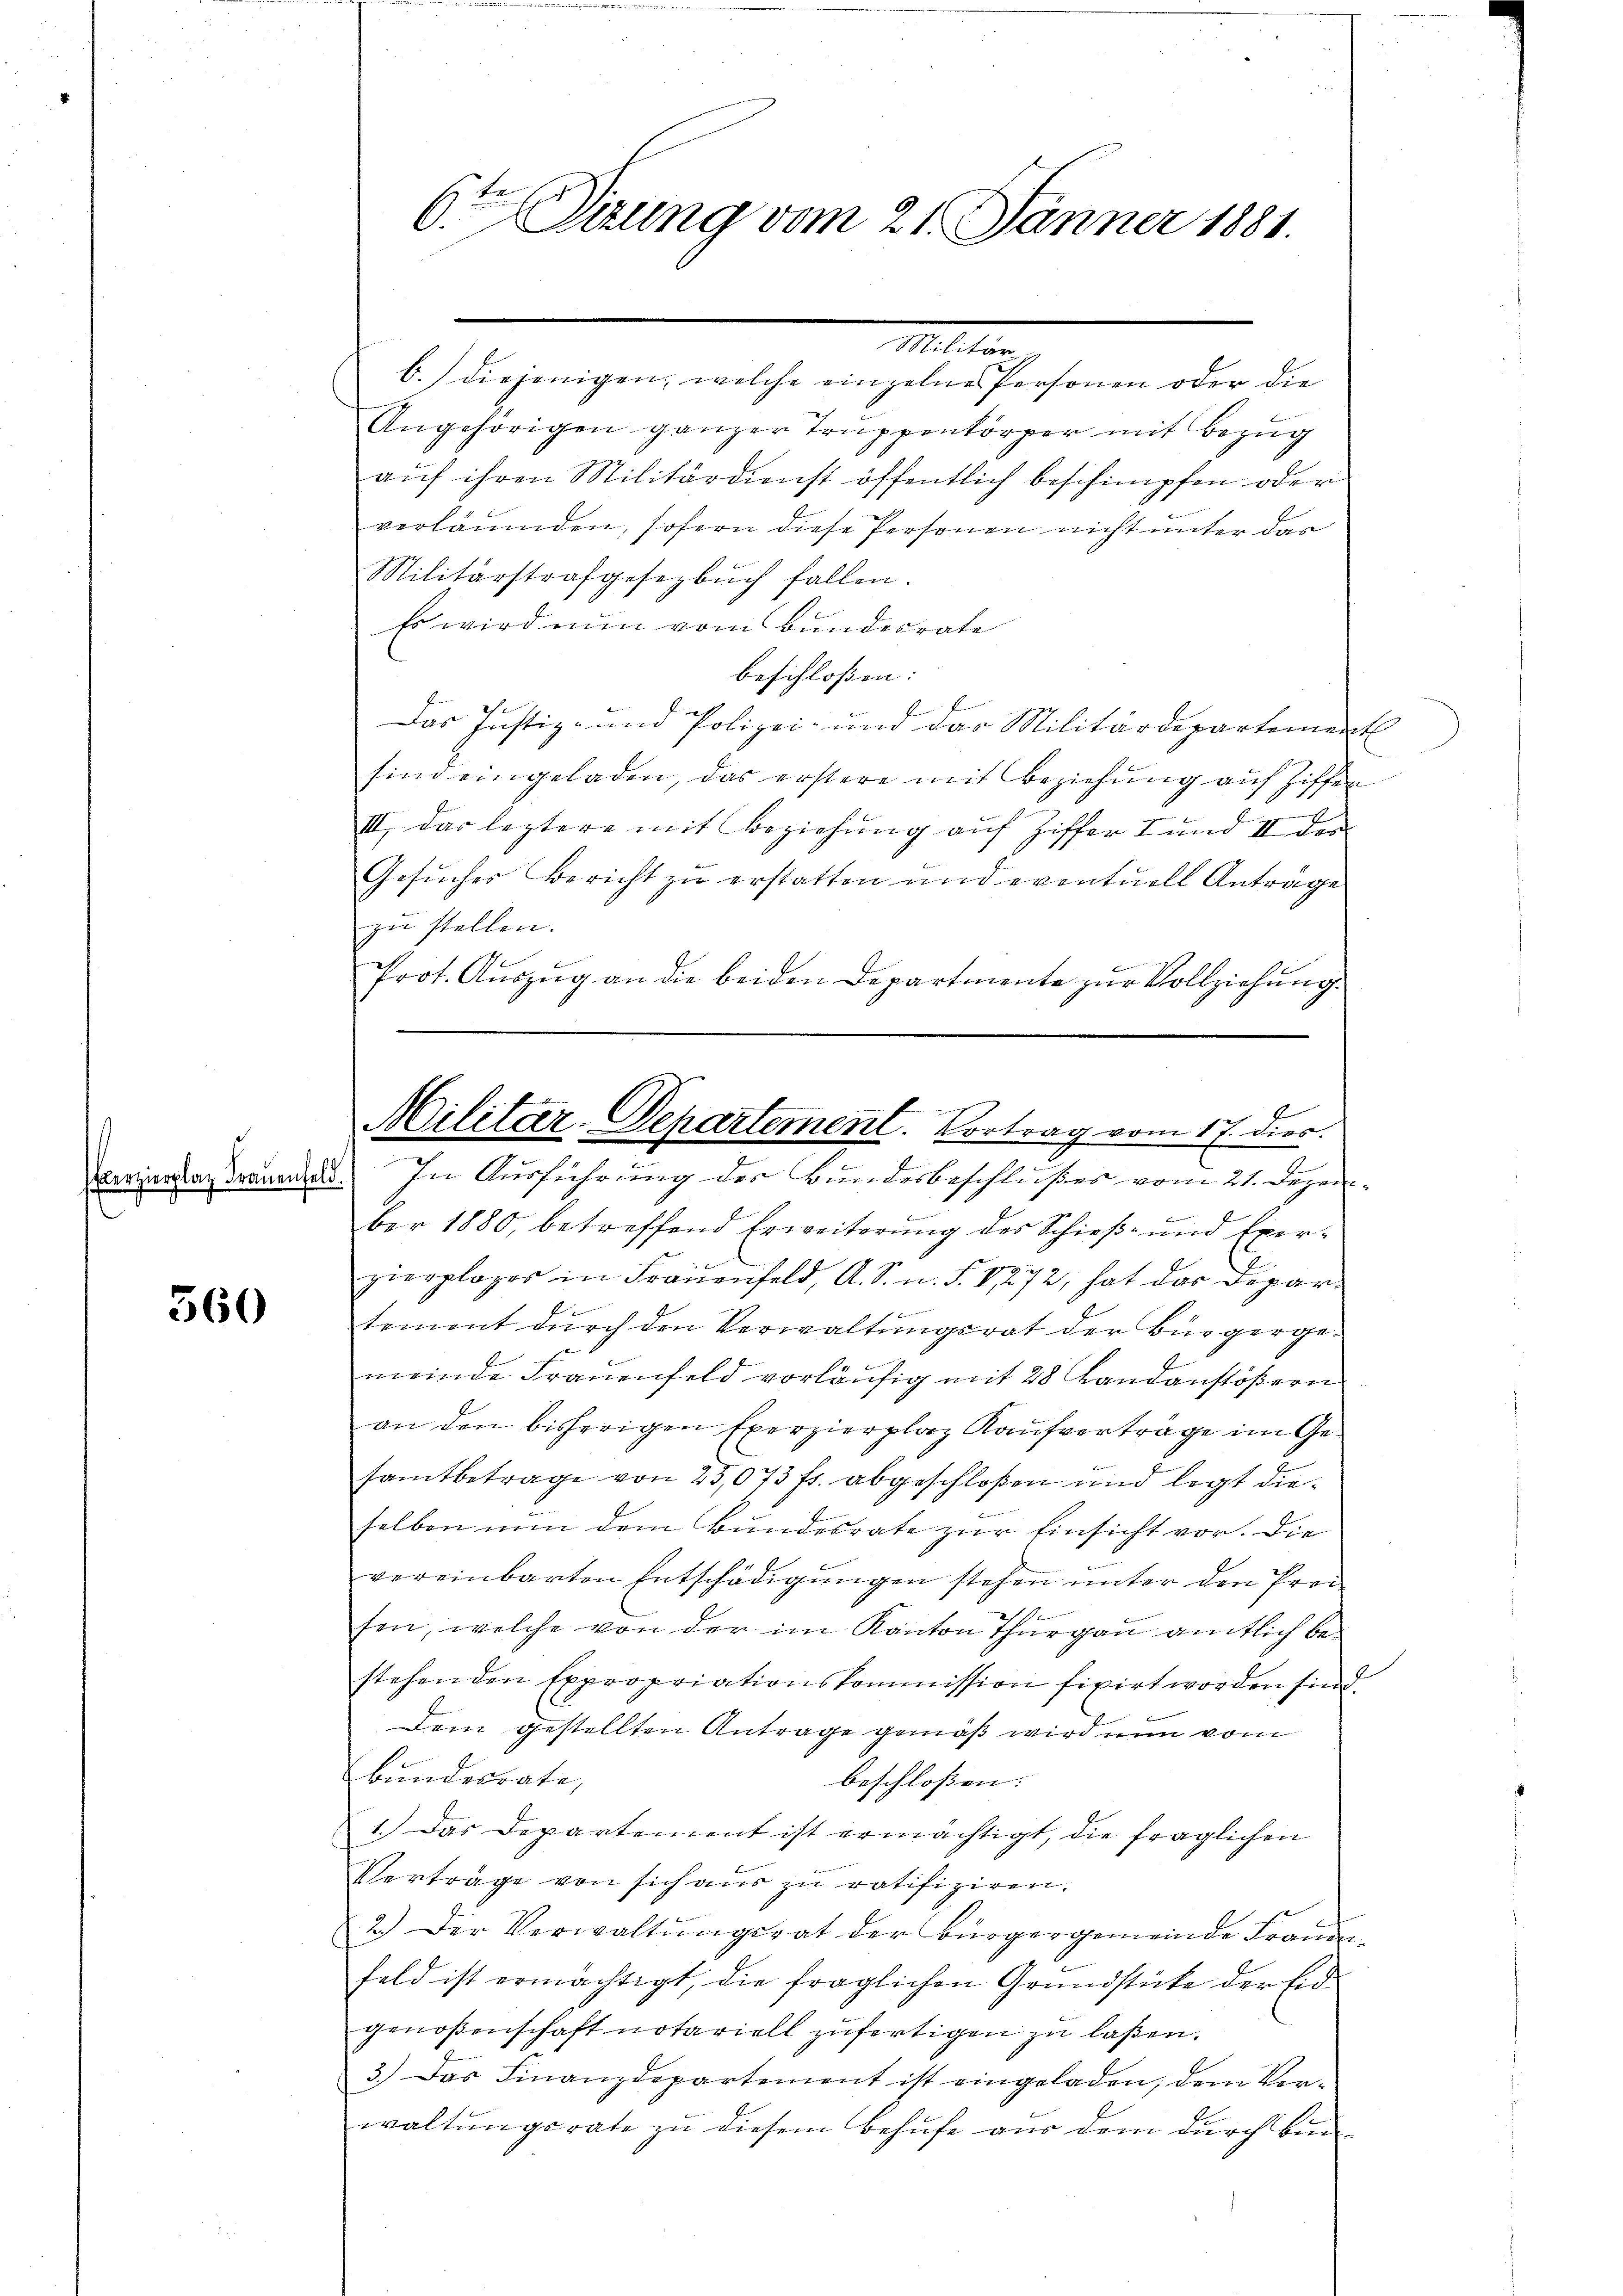
360

6ten Sitzung vom 21. Jänner 1881.

Militen

Militar-Departement. Vortrag vom 17. dies.
.
Verzierstag drauenfeld. In Ausführung der Bundesbeschlußes vom 21. Dezem¬

b.) diejenigen, welche einzelnes Personen oder die
Angehörigen ganzer Trŭppenkörper mit Bezŭg
auf ihren Militärdienst öffentlich beschimpfen oder
verläumden, sofern diese Personen nicht unter das
Militärstrafgesezbŭch fallen.
Es wird nun vom Bundesrate
beschloßen:
E
Das Justiz- und Polizei- und das Militärdepartement
sind eingeladen, das erstere mit Beziehung auf Ziffer
III. das leztere mit Beziehung auf Ziffer I und II der
Gesucher Bericht zu erstatten und eventuell Anträge
zu stellen.
Prot. Aŭszŭg an die beiden Departmente zur Vollziehung.
ber 1880, betreffend Erweiterung des Schieß- und Exerzierplages in Frauenfeld, A. S. n. F. V 272, hat das Departement durch den Verwaltungsrat der Bürgerge¬
 x
meinde Frauenfeld vorläufig mit 28 Landanstößern
an den bisherigen Exerzierplaz Kaufverträge im Gesamtbetrage von 25,073 fr. abgeschloßen und legt dieselben nun dem Bundesrate zur Einsicht vor. Die
vereinbarten Entschädigŭngen stehen unter den Prei
1
sen, welche von der im Kanton Thurgau amtlich bestehenden Expropriationskommission fixirt worden sind.
Dem gestellten Antrage gemäß wird nun vom
Bundesrate,
beschloßen:
1.) Das Departement ist ermächtigt, die fraglichen
Verträge von sich aus zu ratifiziren.
2.) Der Verwaltŭngsrat der Bürgergemeinde Frauen-
feld ist ermächtigt, die fraglichen Grundstücke der Eid-
genoßenschaft notariell zufertigen zu laßen.
3.) Das Finanzdepartement ist eingeladen, dem Vor-
waltungsrate zu diesem Behufe aus dem durch bin